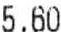
5.60